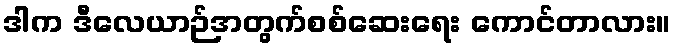
ဒါက ဒီလေယာဉ်အတွက်စစ်ဆေးရေး ကောင်တာလား။